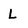
Character: L